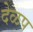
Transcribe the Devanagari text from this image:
देळप